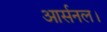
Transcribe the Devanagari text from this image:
आर्सनल।